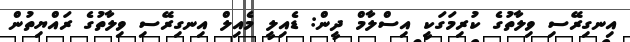
އިނގިރޭސި ވިލާތުގެ ކުރިމަގަކީ އިސްލާމް ދީން: ޑެއިލީ މެއިލް އިނގިރޭސި ވިލާތުގެ ރައްޔިތުން